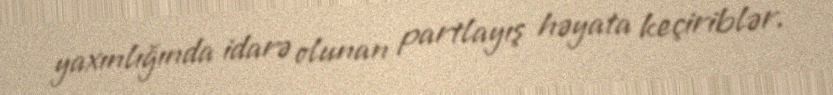
yaxınlığında idarə olunan partlayış həyata keçiriblər.